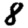
Digit: 8